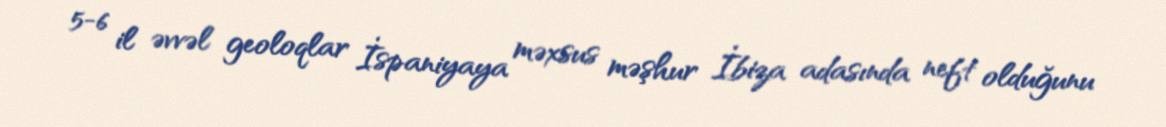
5-6 il əvvəl geoloqlar İspaniyaya məxsus məşhur İbiza adasında neft olduğunu